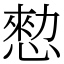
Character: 愸